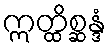
ဣတ္ထိစ္ဆန္ဒံ